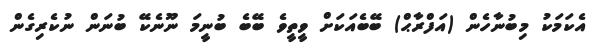
އެކަމަކު މިބުނާހެން (އަފްރާޙް) ބޭބެއަކަށް ވީތީވެ ބޭބެ ބުނީމަ ނޫނެކޭ ބުނަން ނުކެރިގެން